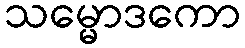
သမ္မောဒကော